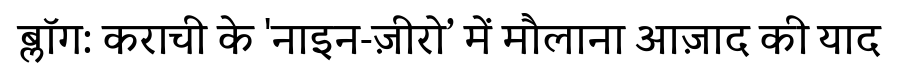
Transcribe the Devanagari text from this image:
ब्लॉग: कराची के 'नाइन-ज़ीरो’ में मौलाना आज़ाद की याद